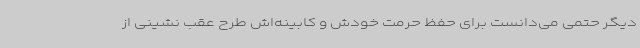
دیگر حتمی می‌دانست برای حفظ حرمت خودش و کابینه‌اش طرح عقب نشینی از